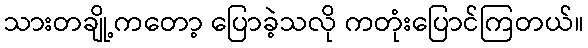
သားတချို့ကတော့ ပြောခဲ့သလို ကတုံးပြောင်ကြတယ်။